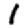
Digit: 1